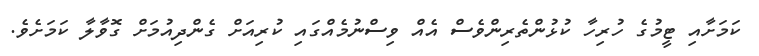
ކަމަށާއި ޓީމުގެ ހުރިހާ ކުޅުންތެރިންވެސް އެއް ވިސްނުމެއްގައި ކުރިއަށް ގެންދިއުމަށް ގޮވާލާ ކަމަށެވެ.